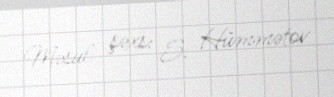
Məsul şəxs: S. Hümmətov